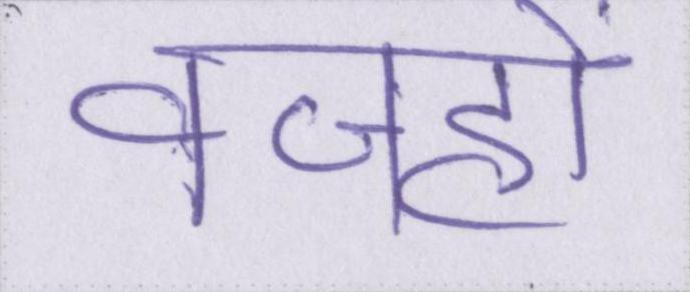
वजहों